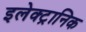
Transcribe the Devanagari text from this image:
इलेक्‍ट्रानिक